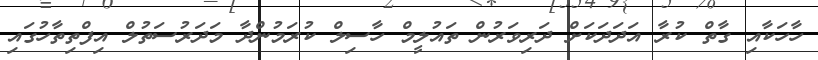
ހާހަކާއި ގާތް ކުރާ އަދަދަކަށް ދަރިވަރުން ތައުލީމް ހާސިލް ކުރަމުންދާ މަދަރުސަތުލް އިފްތިތާހުގައި